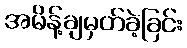
အမိန့်ချမှတ်ခဲ့ခြင်း